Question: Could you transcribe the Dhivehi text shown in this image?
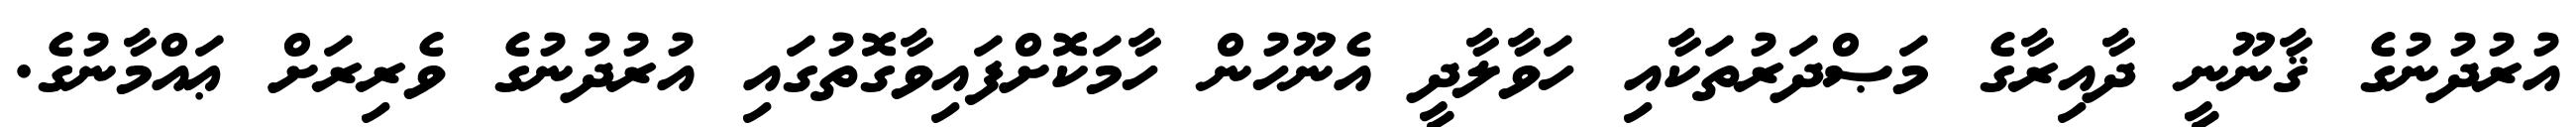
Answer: އުރުދުނުގެ ޤާނޫނީ ދާއިރާގެ މަޞްދަރުތަކާއި ހަވާލާދީ އެނޫހުން ހާމަކޮށްފައިވާގޮތުގައި އުރުދުނުގެ ވެރިރަށް ޢައްމާނުގެ.